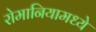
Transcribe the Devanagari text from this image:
रोमानियामध्ये